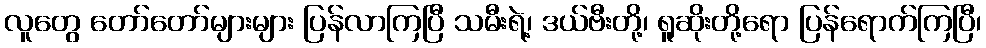
လူတွေ တော်တော်များများ ပြန်လာကြပြီ သမီးရဲ့၊ ဒယ်ဗီးတို့၊ ရူဆိုးတို့ရော ပြန်ရောက်ကြပြီ၊